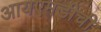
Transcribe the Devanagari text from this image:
आयएमडीची